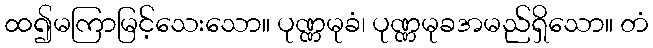
ထ၍မကြာမြင့်သေးသော။ ပုဏ္ဏမုခံ၊ ပုဏ္ဏမုခအမည်ရှိသော။ တံ